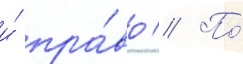
и́ пра́во // По́